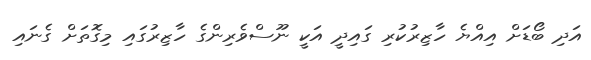
އަދި ބޯޑަށް އިއްޔެ ހާޒިރުކުރި ގައިދީ އަކީ ނޫސްވެރިންގެ ހާޒިރުގައި މިގޮތަށް ގެނައި